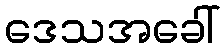
ဒေသအခေါ်